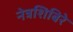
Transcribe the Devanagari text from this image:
नेत्रशिबिरे